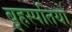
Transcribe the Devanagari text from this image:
बृहस्पतियों